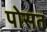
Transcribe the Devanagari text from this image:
पोसत